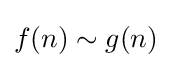
f(n)\sim g(n)